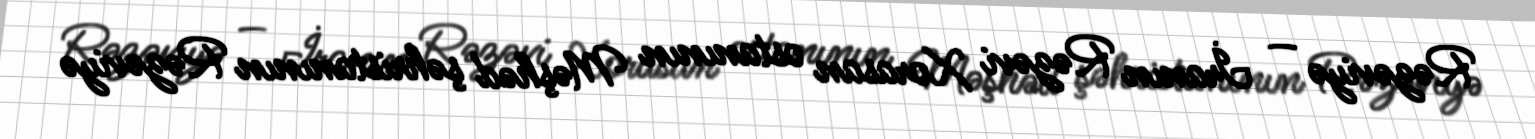
Rəzəviyə — İranın Rəzəvi Xorasan ostanının Məşhəd şəhristanının Rəzəviyə